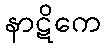
နာဋိကေ